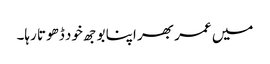
میں عمر بھر اپنا بوجھ خود ڈھوتا رہا۔